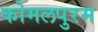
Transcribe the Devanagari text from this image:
कोमलपुरम